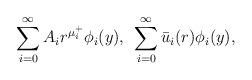
LaTeX: \begin{align*}\sum_{i=0}^\infty A_i r^{\mu_i^+}\phi_i(y), \;\, \sum_{i=0}^\infty \bar{u}_i(r) \phi_i(y),\end{align*}